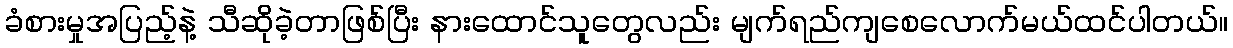
ခံစားမှုအပြည့်နဲ့ သီဆိုခဲ့တာဖြစ်ပြီး နားထောင်သူတွေလည်း မျက်ရည်ကျစေလောက်မယ်ထင်ပါတယ်။